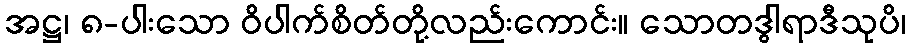
အဋ္ဌ၊ ၈-ပါးသော ဝိပါက်စိတ်တို့လည်းကောင်း။ သောတဒွါရာဒီသုပိ၊